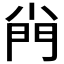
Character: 𡮆